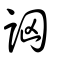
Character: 詾